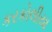
કરકોલીયા